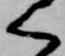
く